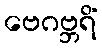
ဗေဂဗ္ဘရိံ